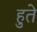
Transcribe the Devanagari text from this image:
हुते